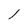
Character: 1